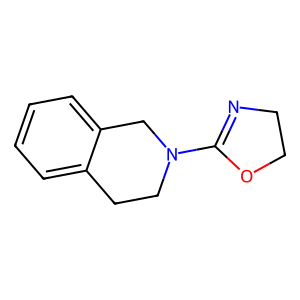
SMILES: c1ccc2c(c1)CCN(C1=NCCO1)C2
Inhibits HIV replication: No